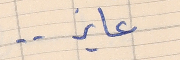
عايز . .